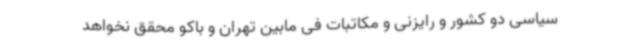
سیاسی دو کشور و رایزنی و مکاتبات فی مابین تهران و باکو محقق نخواهد